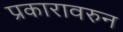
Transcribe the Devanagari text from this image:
प्रकारावरुन